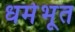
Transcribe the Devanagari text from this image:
धर्मभूत